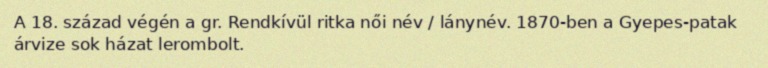
A 18. század végén a gr. Rendkívül ritka női név / lánynév. 1870-ben a Gyepes-patak árvize sok házat lerombolt.